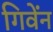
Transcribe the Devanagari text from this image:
गिवेंन